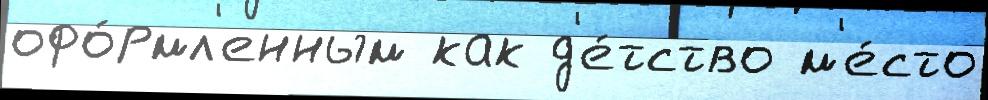
офо́рмл'енным как д'е́тство м'е́сто